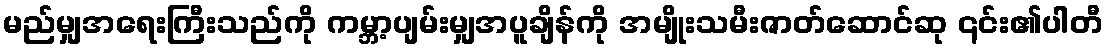
မည်မျှအရေးကြီးသည်ကို ကမ္ဘာ့ပျမ်းမျှအပူချိန်ကို အမျိုးသမီးဇာတ်ဆောင်ဆု ၎င်း၏ပါတီ